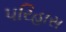
પરિહાસ